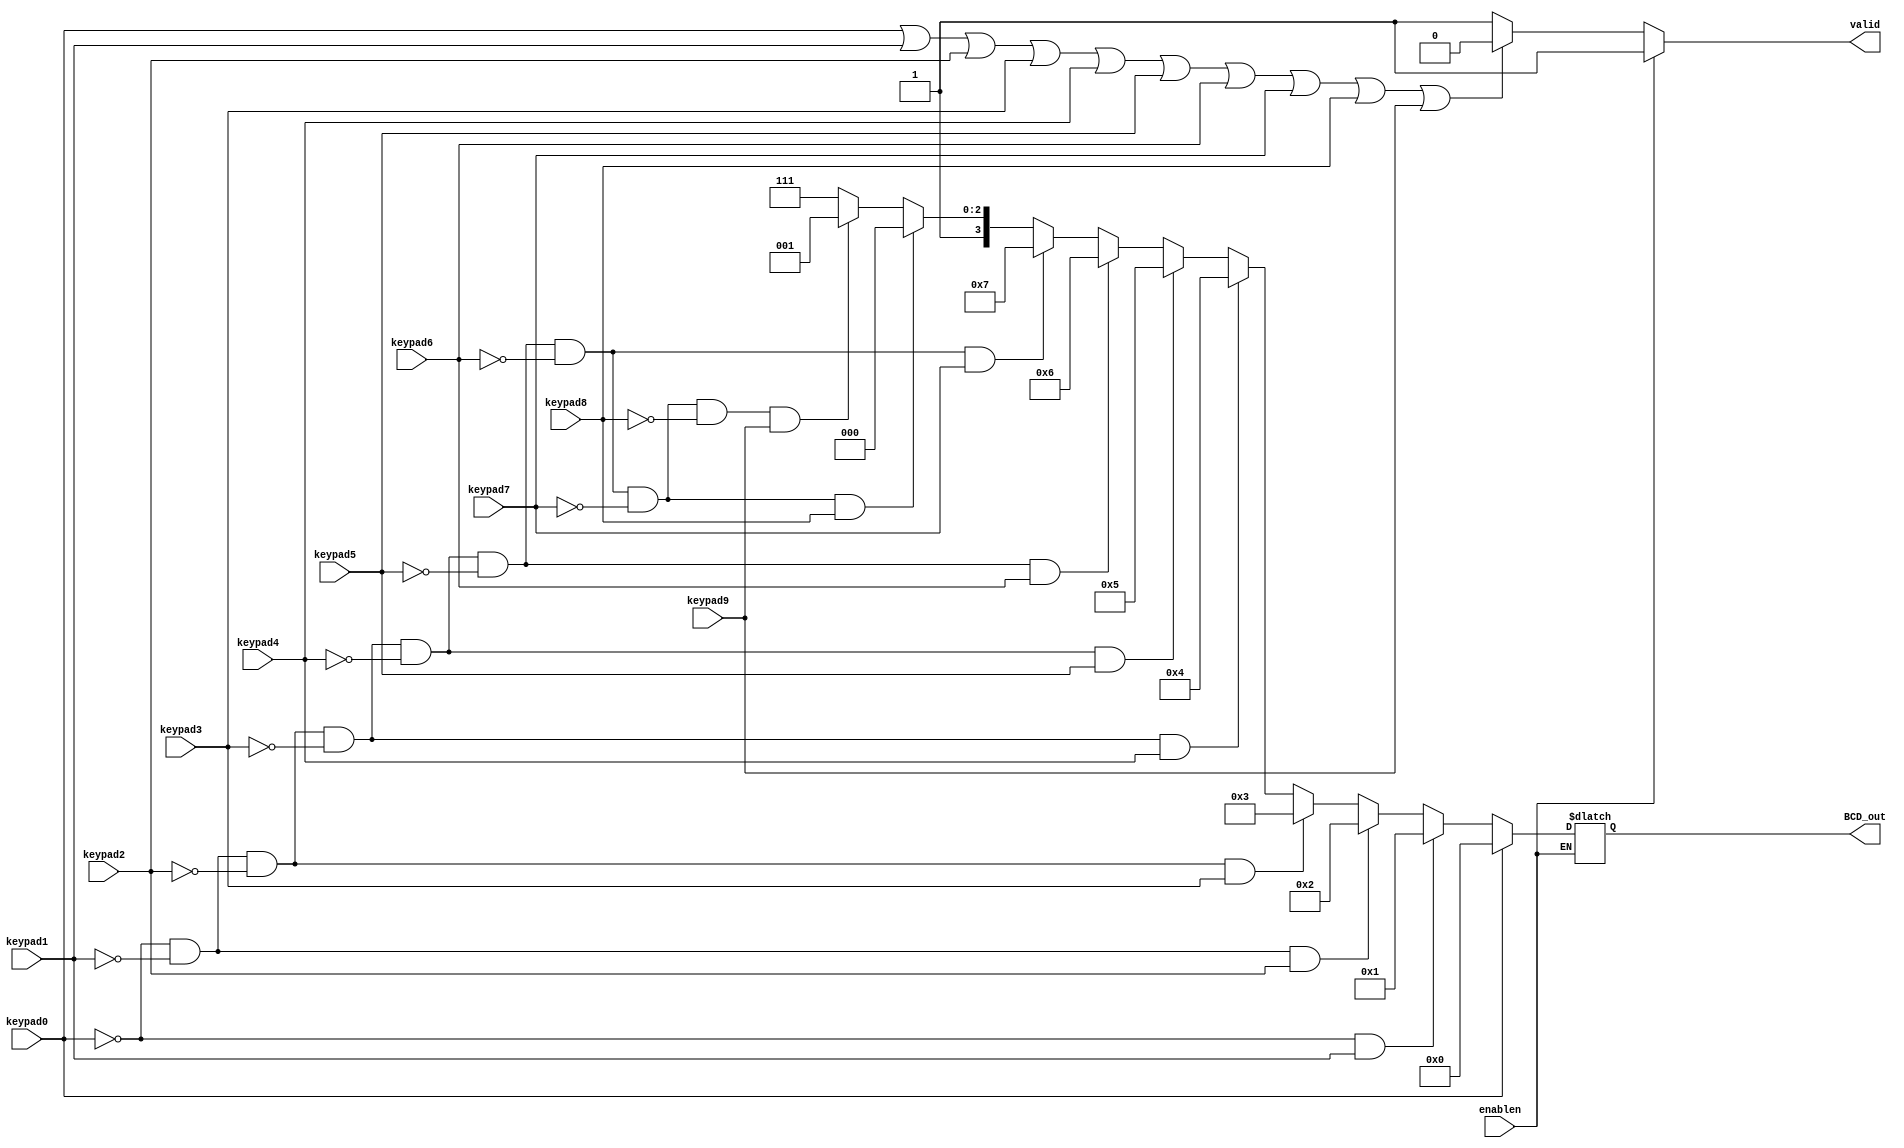
module encoder (
    input keypad0, keypad1, keypad2, keypad3, keypad4,
    keypad5, keypad6, keypad7, keypad8, keypad9, enablen,
    output reg valid, output reg [3:0] BCD_out 
);
    initial
    begin
        BCD_out <= 4'b1111;
    end

    always @(keypad0 or keypad1 or keypad2 or keypad3 or keypad4 or
    keypad5 or keypad6 or keypad7 or keypad8 or keypad9 or enablen)
    begin
        if (enablen == 0)
        begin
            if (keypad0)
                BCD_out = 4'b0000;
            else if (!keypad0 && keypad1)
                BCD_out = 4'b0001;
            else if (!keypad0 && !keypad1 && keypad2)
                BCD_out = 4'b0010;
            else if (!keypad0 && !keypad1 && !keypad2 && keypad3)
                BCD_out = 4'b0011;
            else if (!keypad0 && !keypad1 && !keypad2 && !keypad3 && keypad4)
                BCD_out = 4'b0100;
            else if (!keypad0 && !keypad1 && !keypad2 && !keypad3 && !keypad4 && keypad5)
                BCD_out = 4'b0101;
            else if (!keypad0 && !keypad1 && !keypad2 && !keypad3 && !keypad4 && !keypad5 && keypad6)
                BCD_out = 4'b0110;
            else if (!keypad0 && !keypad1 && !keypad2 && !keypad3 && !keypad4 && !keypad5 && !keypad6 && keypad7)
                BCD_out = 4'b0111;
            else if (!keypad0 && !keypad1 && !keypad2 && !keypad3 && !keypad4 && !keypad5 && !keypad6 && !keypad7 && keypad8)
                BCD_out = 4'b1000;
            else if (!keypad0 && !keypad1 && !keypad2 && !keypad3 && !keypad4 && !keypad5 && !keypad6 && !keypad7 && !keypad8 && keypad9)
                BCD_out = 4'b1001;
            else
                BCD_out = 4'b1111;
            
            if (keypad0 || keypad1 || keypad2 || keypad3 || keypad4 || keypad5 || keypad6 || keypad7 || keypad8 || keypad9)
                valid = 0;
            else
                valid = 1;
        end
        else
            valid = 1;
    end
endmodule